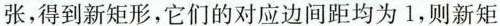
张，得到新矩形，它们的对应边间距均为1，则新矩